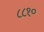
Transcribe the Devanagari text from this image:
८८१०